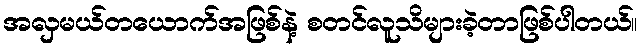
အလှမယ်တယောက်အဖြစ်နဲ့ စတင်လူသိများခဲ့တာဖြစ်ပါတယ်။